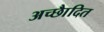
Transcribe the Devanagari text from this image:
अच्छाैदित